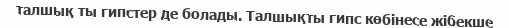
талшық ты гипстер де болады. Талшықты гипс көбінесе жібекше